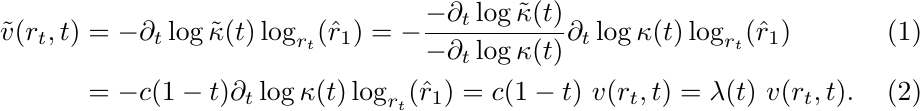
\begin{align}
\tilde{v}(r_t, t)
&= - \partial_t \log \tilde{\kappa}(t) \log_{r_t}(\hat{r}_1)
= - \frac{- \partial_t \log \tilde{\kappa}(t)}{-\partial_t \log \kappa(t)} \partial_t \log \kappa(t) \log_{r_t}(\hat{r}_1) \\
&= - c (1 - t) \partial_t \log \kappa(t) \log_{r_t}(\hat{r}_1)
= c(1-t) ~v(r_t, t)
= \lambda(t) ~v(r_t, t).
\end{align}